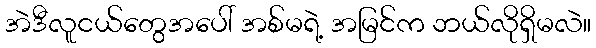
အဲဒီလူငယ်တွေအပေါ် အစ်မရဲ့ အမြင်က ဘယ်လိုရှိမလဲ။